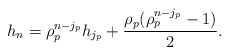
\begin{align*}h_{n} = \rho_p^{n-j_p} h_{j_p} + \frac{\rho_p(\rho_p^{n-j_p}-1)}{2} . \end{align*}